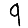
Digit: 9